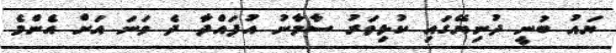
ޔައު ބުނީ ދުނިޔޭގައި ކުޅިވަރު ސާމާނު އުފައްދާ ދެ ވަނަ އަށް އެންމެ